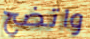
واتضح